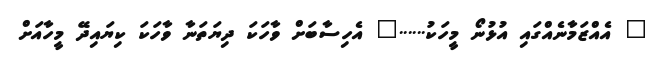
" އެއްޒަމާނެއްގައި އުޅުނޯ މީހަކު......" އެހިސާބަށް ވާހަކަ ދިޔަތަނާ ވާހަކަ ކިޔައިދޭ މީހާއަށް